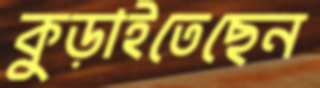
কুড়াইতেছেন